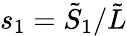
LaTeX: s_{1}=\tilde{S}_{1}/\tilde{L}